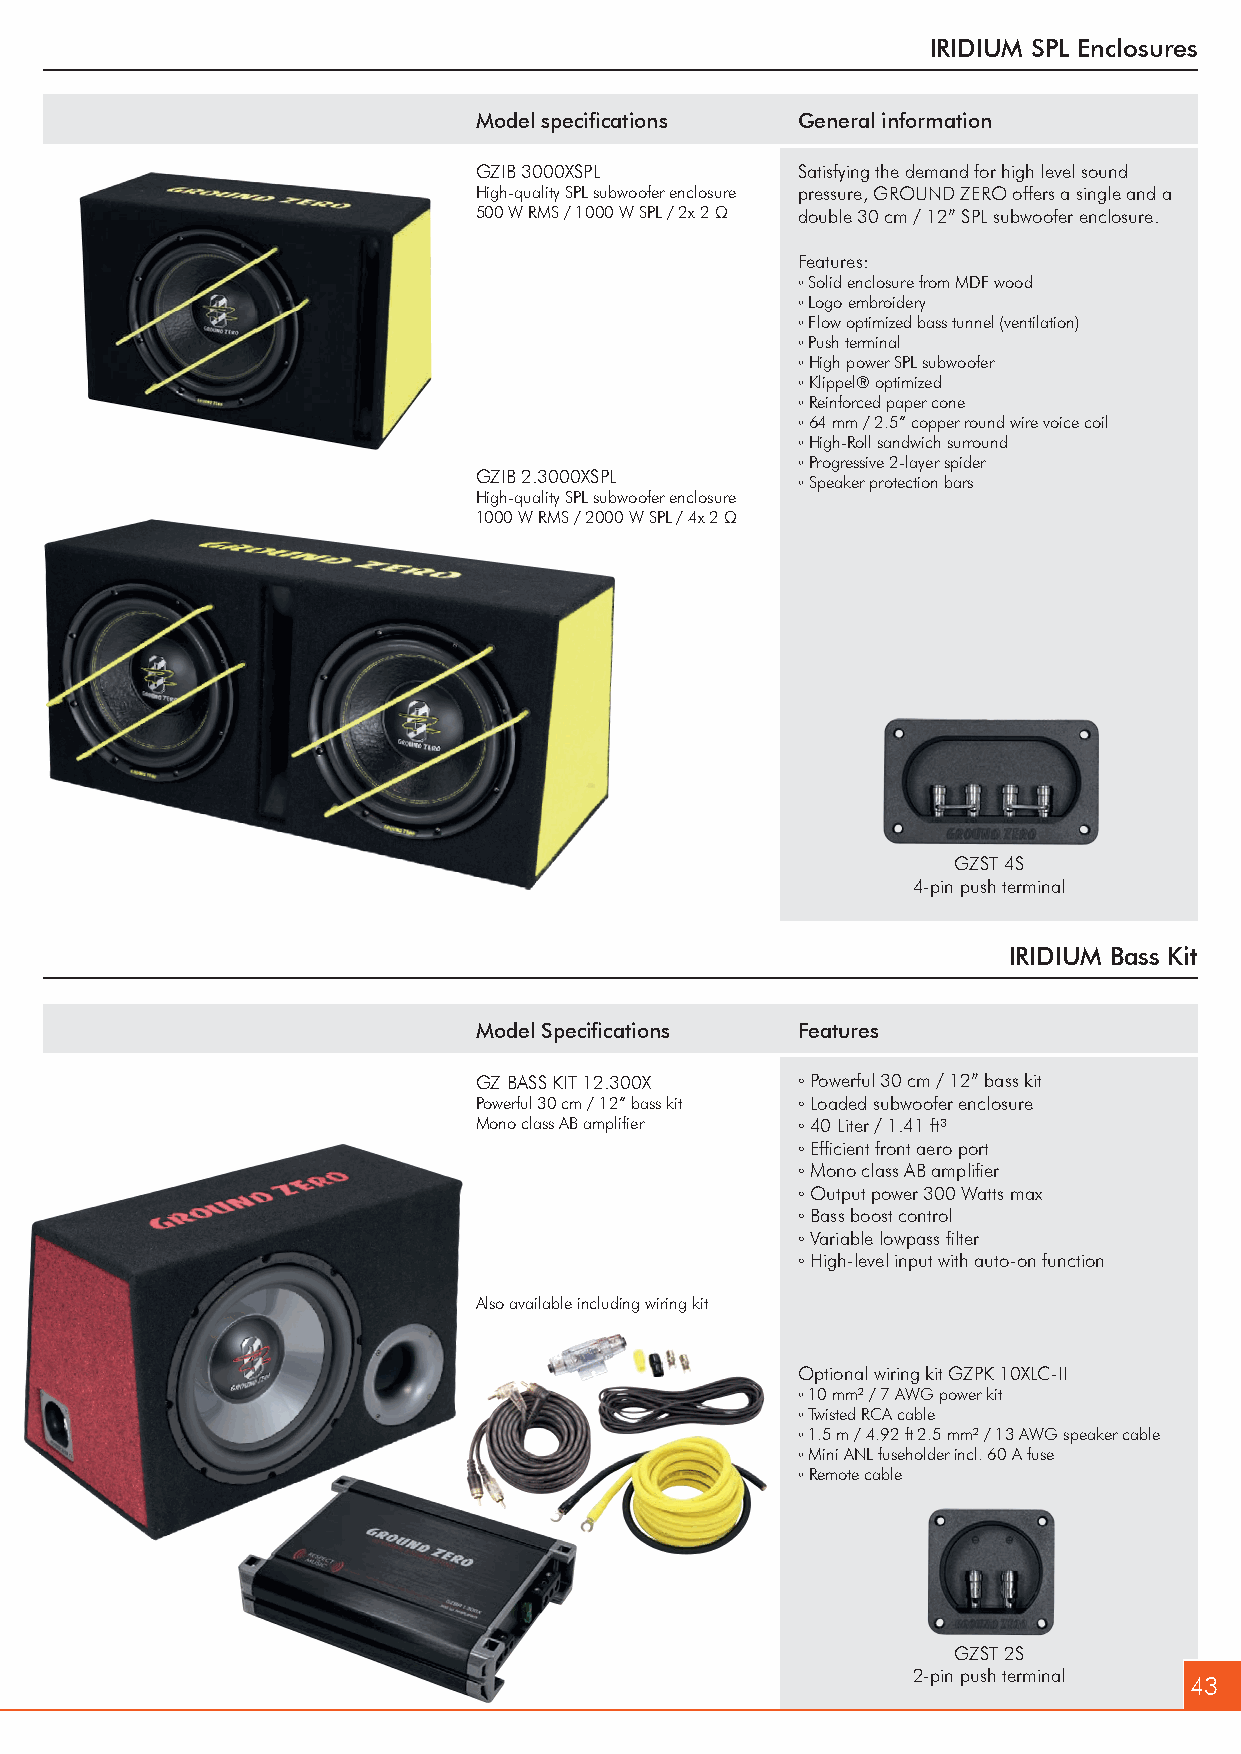
IRIDIUM SPL Enclosures
 Model specifications  General information
 GZIB 3000XSPL         Satisfying the demand for high level sound
 High-quality SPL subwoofer enclosure pressure, GROUND ZERO offers a single and a
 500 W RMS / 1000 W SPL / 2x 2 Ω double 30 cm / 12” SPL subwoofer enclosure.
 Features:
 ◦ Solid enclosure from MDF wood
 ◦ Logo embroidery
 ◦ Flow optimized bass tunnel (ventilation)
 ◦ Push terminal
 ◦ High power SPL subwoofer
 ◦ Klippel® optimized
 ◦ Reinforced paper cone
 ◦ 64 mm / 2.5” copper round wire voice coil
 ◦ High-Roll sandwich surround
 ◦ Progressive 2-layer spider
 GZIB 2.3000XSPL       ◦ Speaker protection bars
 High-quality SPL subwoofer enclosure
 1000 W RMS / 2000 W SPL / 4x 2 Ω
 GZST 4S
 4-pin push terminal
 IRIDIUM Bass Kit
 Model Specifications  Features
 GZ BASS KIT 12.300X   ◦ Powerful 30 cm / 12” bass kit
 Powerful 30 cm / 12” bass kit ◦ Loaded subwoofer enclosure
 Mono class AB amplifier ◦ 40 Liter / 1.41 ft³
 ◦ Efficient front aero port
 ◦ Mono class AB amplifier
 ◦ Output power 300 Watts max
 ◦ Bass boost control
 ◦ Variable lowpass filter
 ◦ High-level input with auto-on function
 Also available including wiring kit
 Optional wiring kit GZPK 10XLC-II
 ◦ 10 mm² / 7 AWG power kit
 ◦ Twisted RCA cable
 ◦ 1.5 m / 4.92 ft 2.5 mm² / 13 AWG speaker cable
 ◦ Mini ANL fuseholder incl. 60 A fuse
 ◦ Remote cable
 GZST 2S
 2-pin push terminal
 43